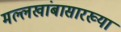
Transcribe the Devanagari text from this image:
मल्लखांबासारख्या